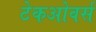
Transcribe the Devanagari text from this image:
टेकओवर्स